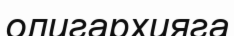
олигархияга